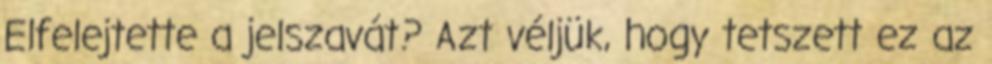
Elfelejtette a jelszavát? Azt véljük, hogy tetszett ez az